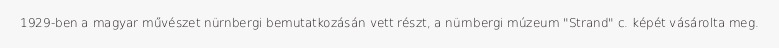
1929-ben a magyar művészet nürnbergi bemutatkozásán vett részt, a nürnbergi múzeum "Strand" c. képét vásárolta meg.